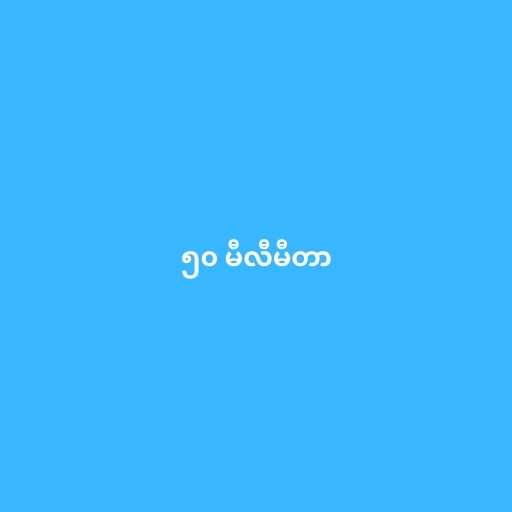
၅၀ မီလီမီတာ